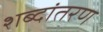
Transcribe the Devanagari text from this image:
शब्दांतरण